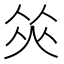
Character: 𠉭